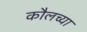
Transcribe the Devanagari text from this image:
कौलच्या